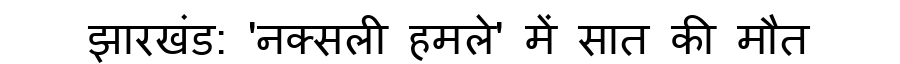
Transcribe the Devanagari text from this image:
झारखंड: 'नक्सली हमले' में सात की मौत